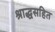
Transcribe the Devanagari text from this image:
श्राद्धसहित